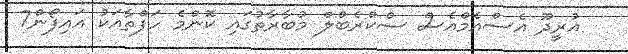
އުރީދޫ އެސްއެމްއެސް ސްކްރެބްލް މުބާރާތުގައި ކޮންމެ ހަފްތާއަކު އައިފޯން7